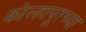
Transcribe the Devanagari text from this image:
कोल्‍हापूरच्या